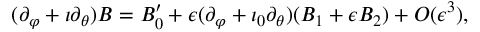
( \partial _ { \varphi } + \iota \partial _ { \theta } ) B = B _ { 0 } ^ { \prime } + \epsilon ( \partial _ { \varphi } + \iota _ { 0 } \partial _ { \theta } ) ( B _ { 1 } + \epsilon B _ { 2 } ) + O ( \epsilon ^ { 3 } ) ,